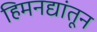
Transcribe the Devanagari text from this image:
हिमनद्यांतून